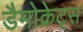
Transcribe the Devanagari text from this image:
डैमोक्रेट्स